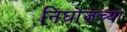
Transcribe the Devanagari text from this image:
निघोजच्या